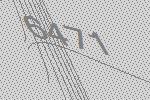
6471